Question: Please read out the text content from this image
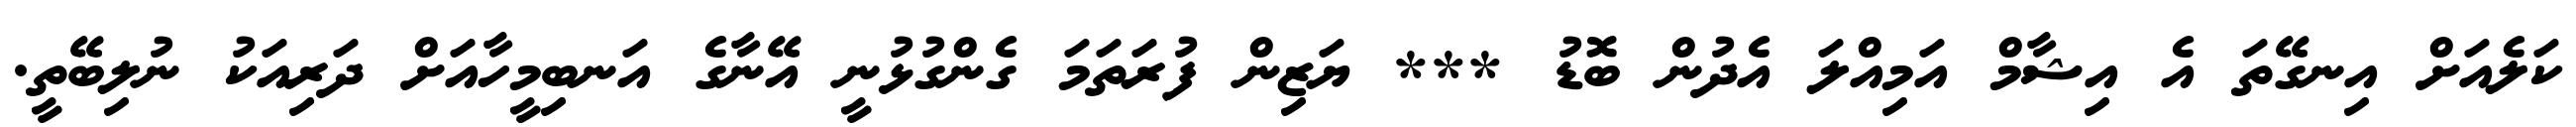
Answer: ކަލެއަށް އިނގޭތަ އެ އިޝާމް އަމިއްލަ އެދުން ބޮޑު *** ޔަޒިން ފުރަތަމަ ގެންގުޅުނީ އޭނާގެ އަނބިމީހާއަށް ދަރިއަކު ނުލިބޭތީ.